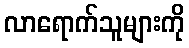
လာရောက်သူများကို